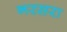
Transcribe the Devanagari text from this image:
नरसरा